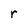
Character: r